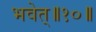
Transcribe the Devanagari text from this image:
भवेत्‌॥१०॥